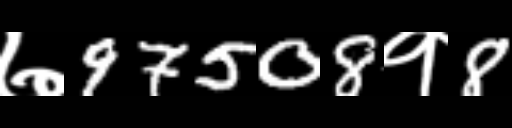
Text: ७97508१8